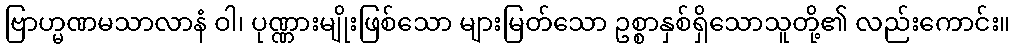
ဗြာဟ္မဏမသာလာနံ ဝါ၊ ပုဏ္ဏားမျိုးဖြစ်သော များမြတ်သော ဥစ္စာနှစ်ရှိသောသူတို့၏ လည်းကောင်း။